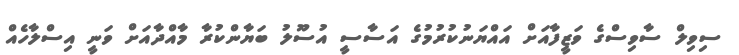
ސިވިލް ސާވިސްގެ ވަޒީފާއަށް އައްޔަނުކުރުމުގެ އަސާސީ އުސޫލު ބަޔާންކުރާ މާއްދާއަށް ވަނީ އިސްލާހެއް